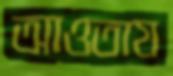
আওতায